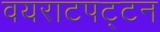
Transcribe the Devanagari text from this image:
वयराटपट्टन